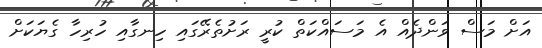
އަށް މަސް ވަންދެއް އެ މަސައްކަތް ކުރީ ރަށުތެރޭގައި ހިނގާއި ހުރިހާ ގެޔަކަށް